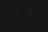
૯૩૮